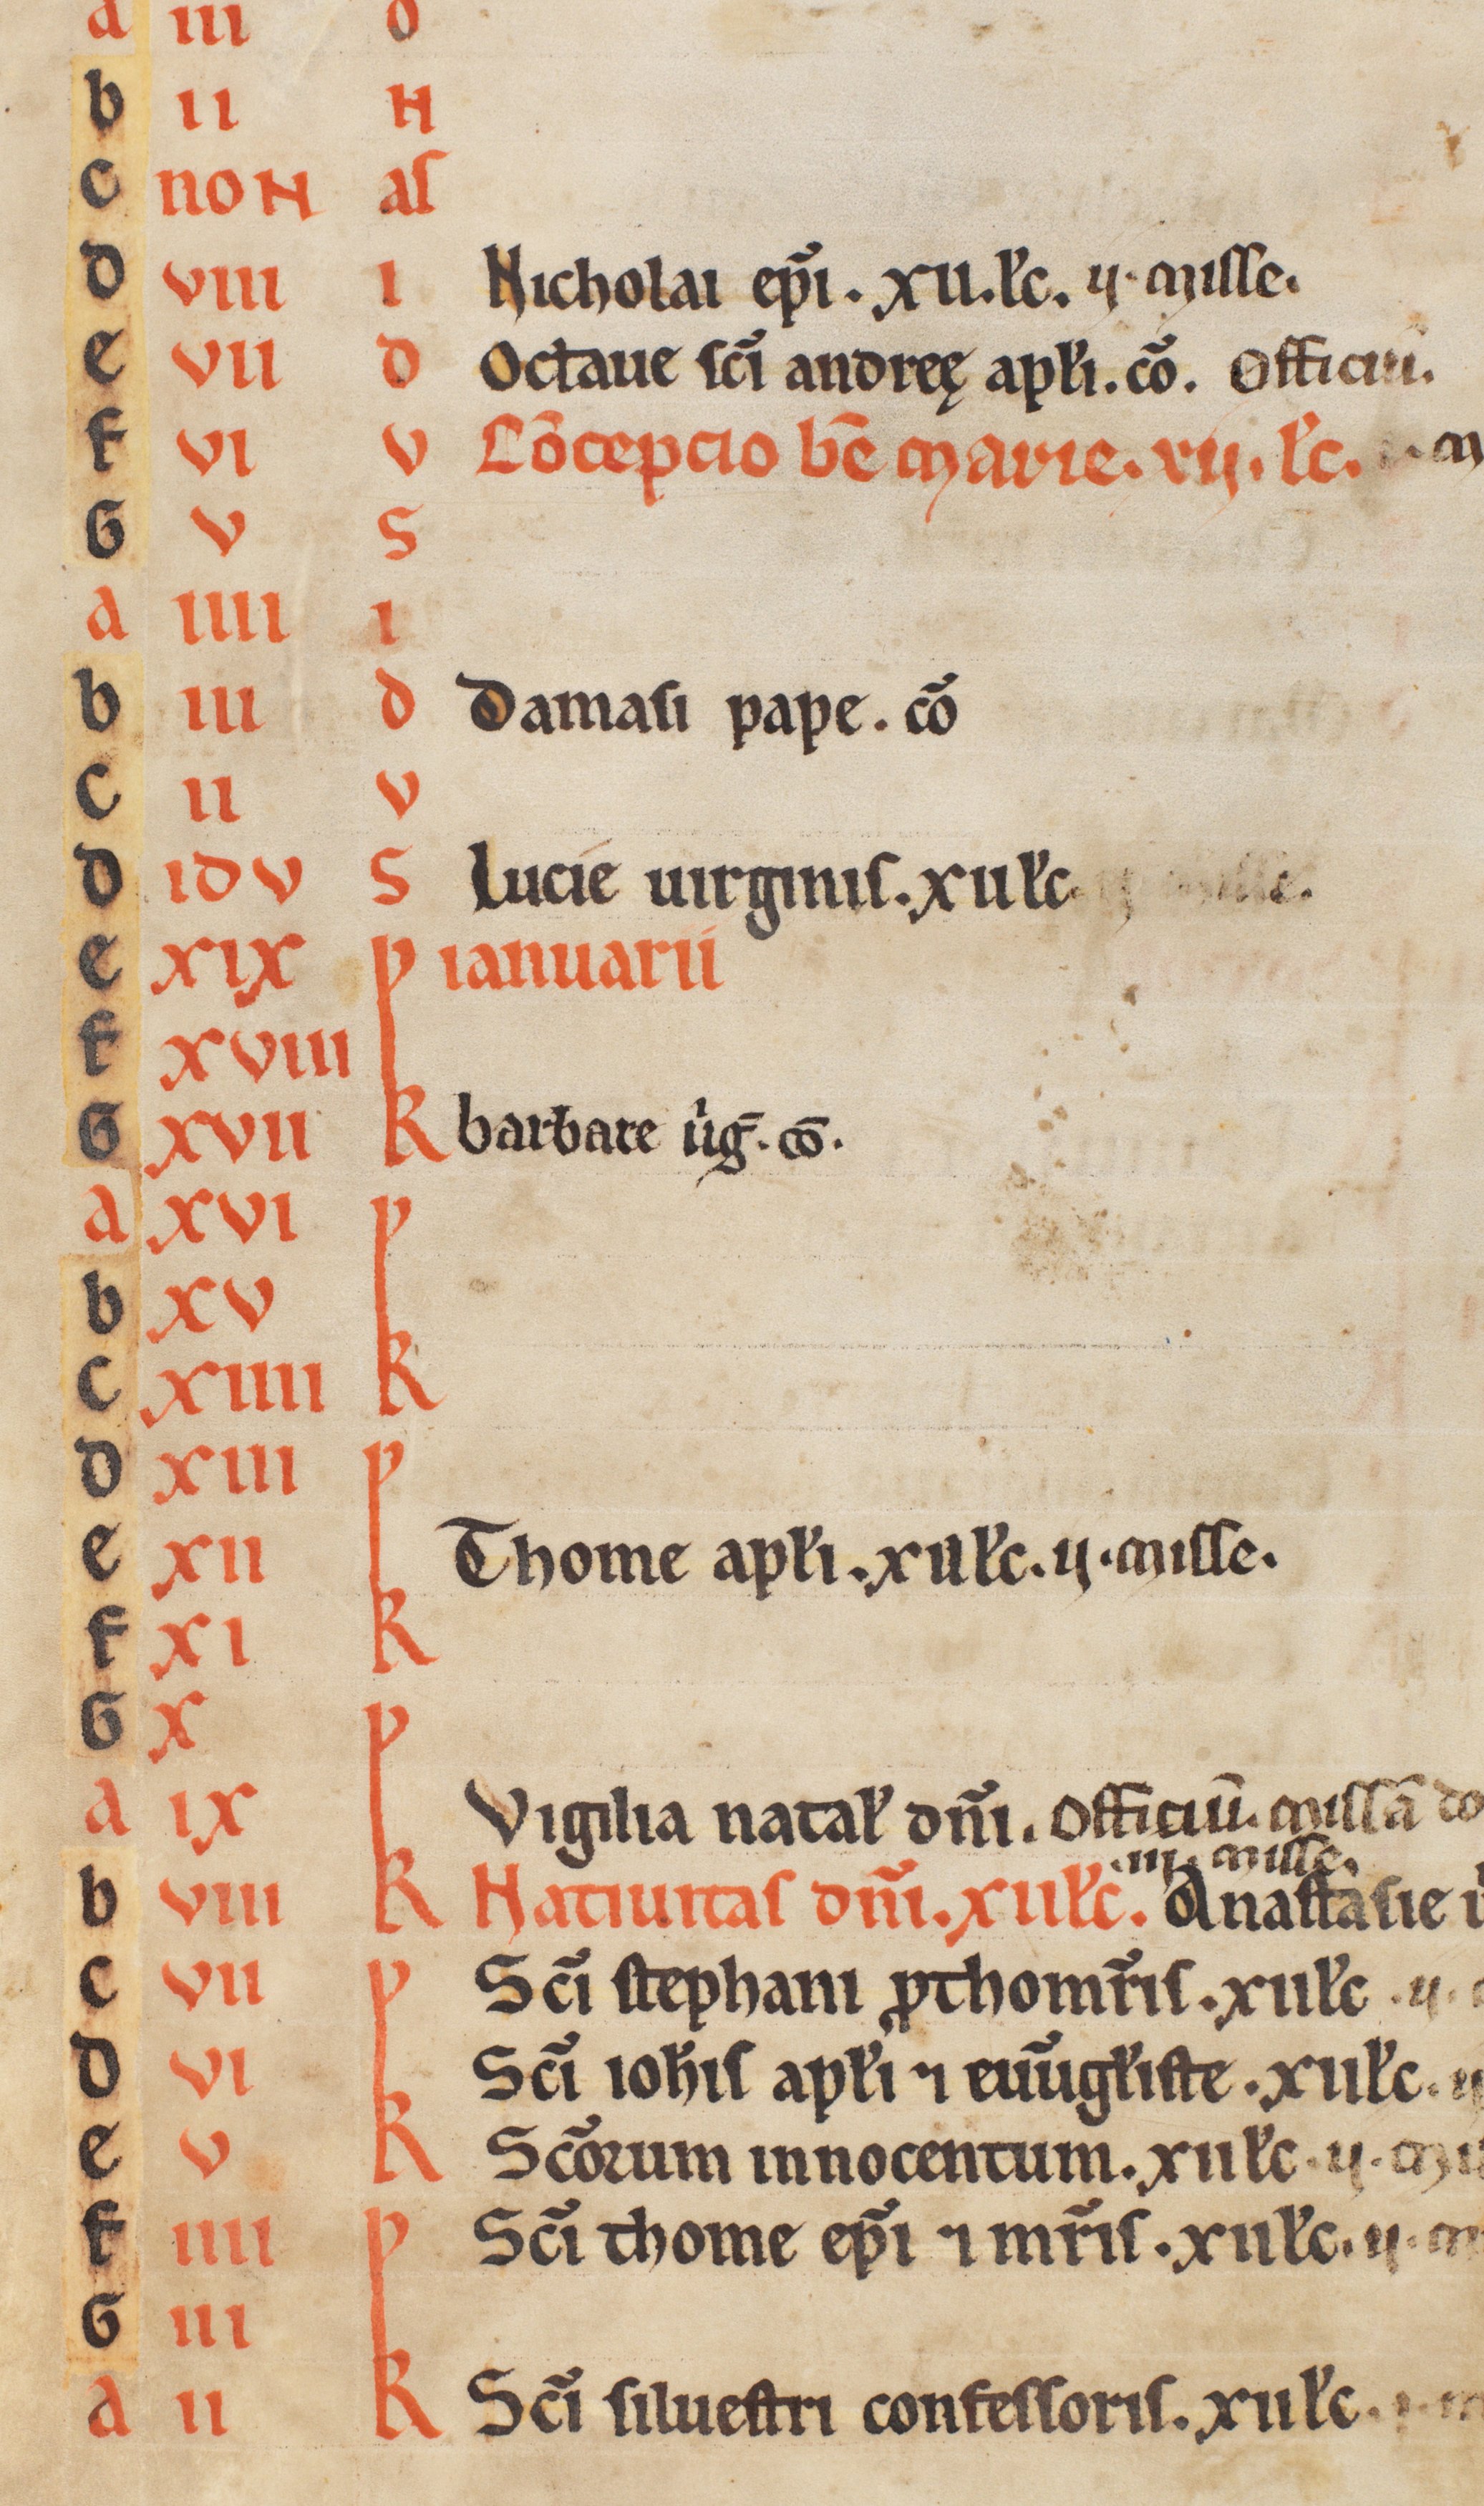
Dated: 1185–1215